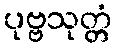
ပုဗ္ဗသုတ္တံ